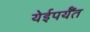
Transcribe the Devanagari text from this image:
येईपर्यँत